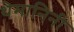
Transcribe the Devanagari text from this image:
थेमानिनी